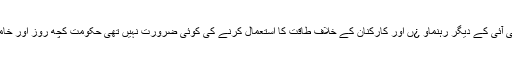
حالانکہ حکومت کو پی ٹی آئی اور شیخ رشید احمد اور اِن جیسے دوسرے پی ٹی آئی کے دیگر رہنماو ¿ں اور کارکنان کے خلاف طاقت کا استعمال کرنے کی کوئی ضرورت نہیں تھی حکومت کچھ روز اور خاموش رہ لیتی قبل ازوقت حکومت نے اسلا آبا د کو کنٹینرز لگا کر کیوں بند کیا ؟